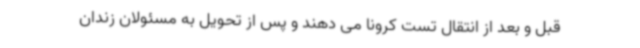
قبل و بعد از انتقال تست کرونا می دهند و پس از تحویل به مسئولان زندان